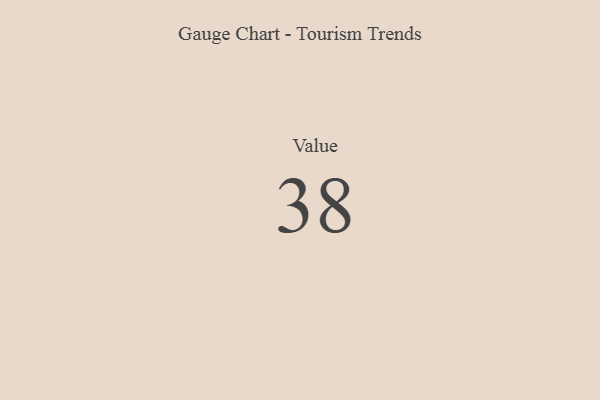
{"axis": {"x": "Metric", "y": "Value"}, "legend": [""], "data": [{"x": "Value", "y": 38, "type": ""}]}